Scientific memoirs by medical officers of the Army of India - Part III,
Year: 1887
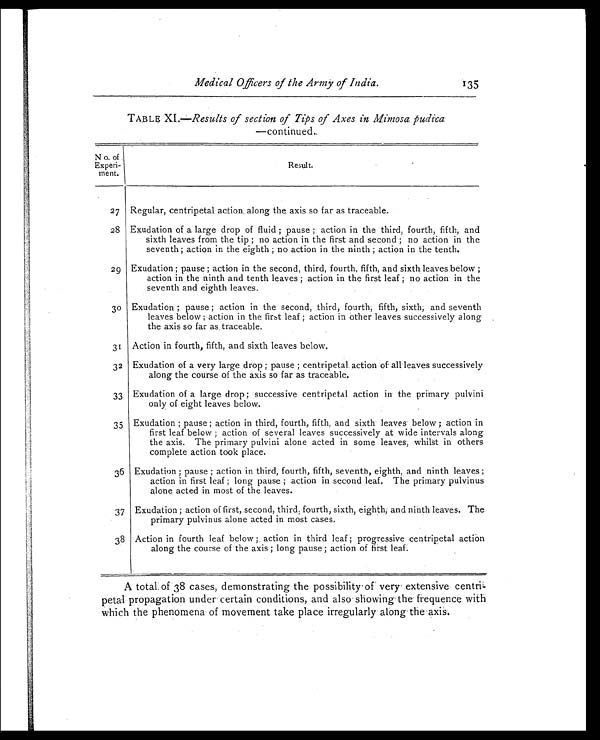
Medical Officers of the Army of India.
135
TABLE XI.—Results of section of Tips of Axes in Mimosa pudica
—continued.
No. of
Experi-
ment.
Result.
27 Regular, centripetal . action along the axis so far as traceable.
28 Exudation of a large drop of fluid ; pause ; action in the third, fourth, fifth, and
sixth leaves from the tip ; no action in the first and second ; no action in the
seventh ; action in the eighth ; no action in the ninth ; action in the tenth.
29 Exudation ; pause ; action in the second, third, fourth, fifth, and sixth leaves below ;
action in the ninth and tenth leaves ; action in the first leaf ; no action in the
seventh and eighth leaves.
30 Exudation ; pause ; action in the second, third, fourth; fifth, sixth; and seventh
leaves below ; action in the first leaf ; action in other leaves successively along
the axis so far as, traceable.
31 Action in fourth, fifth, and sixth leaves below.
32 Exudation of a very large drop ; pause ; centripetal. action of all leaves successively
along the course of the axis so far as traceable.
33 Exudation of a large drop ; successive centripetal action in the primary pulvini
only of eight leaves below.
35 Exudation ; pause ; action in third, fourth, fifth, and sixth leaves below ; action in
first leaf below ; action of several leaves successively at wide intervals along
the axis. The primary pulvini alone acted in some leaves, whilst in others
complete action took place.
36 Exudation ; pause ; action in third, fourth, fifth, seventh, eighth, and ninth leaves ;
action in first leaf ; long pause ; action in second leaf, The primary pulvinus
alone acted in most of the leaves.
37 Exudation ; action of first, second, third, fourth, sixth, eighth; and ninth leaves. The
alone acted in most cases.
38 Action in fourth leaf below ;. action in third leaf; progressive centripetal action
al ong t he course of t he axi s ; l ong pause; act i on of fi rst l eaf.
A total: of 38 cases, demonstrating the possibility of very extensive centri-
petal propagation under certain conditions, and also showing the frequence with
which the phenomena of movement take place irregularly along the axis.